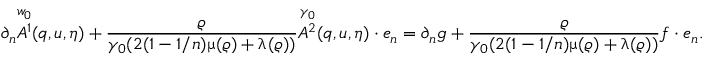
\partial _ { n } \overset { w _ { 0 } } { A ^ { 1 } } ( q , u , \eta ) + \frac { \varrho } { \gamma _ { 0 } ( 2 ( 1 - 1 / n ) \upmu ( \varrho ) + \uplambda ( \varrho ) ) } \overset { \gamma _ { 0 } } { A ^ { 2 } } ( q , u , \eta ) \cdot e _ { n } = \partial _ { n } g + \frac { \varrho } { \gamma _ { 0 } ( 2 ( 1 - 1 / n ) \upmu ( \varrho ) + \uplambda ( \varrho ) ) } f \cdot e _ { n } .